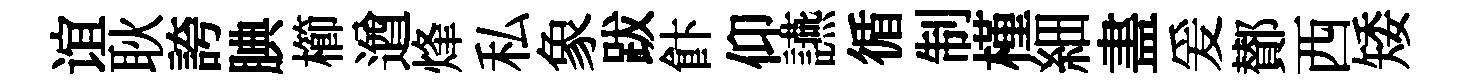
谊耿誇腆櫛遒烽私象跋飰仰讌循制槿細𥁞爰鄼西矮